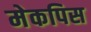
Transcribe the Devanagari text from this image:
मेकपिस